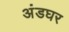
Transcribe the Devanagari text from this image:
अंडघर